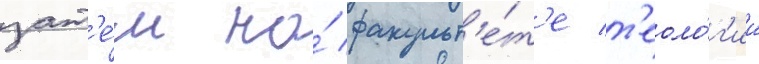
зат'е́м на́ факульт'е́т'е т'еоло́г'ии